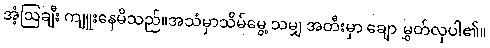
အံ့ဩချီး ကျူးနေမိသည်။အသံမှာသိမ်မွေ့ သမျှ အတီးမှာ ချော မွှတ်လှပါ၏။